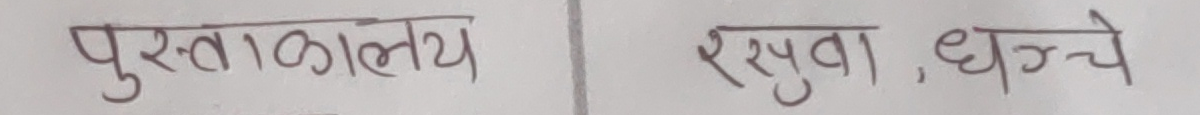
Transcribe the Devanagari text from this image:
पुस्तकालय, रसुवा, धनचे